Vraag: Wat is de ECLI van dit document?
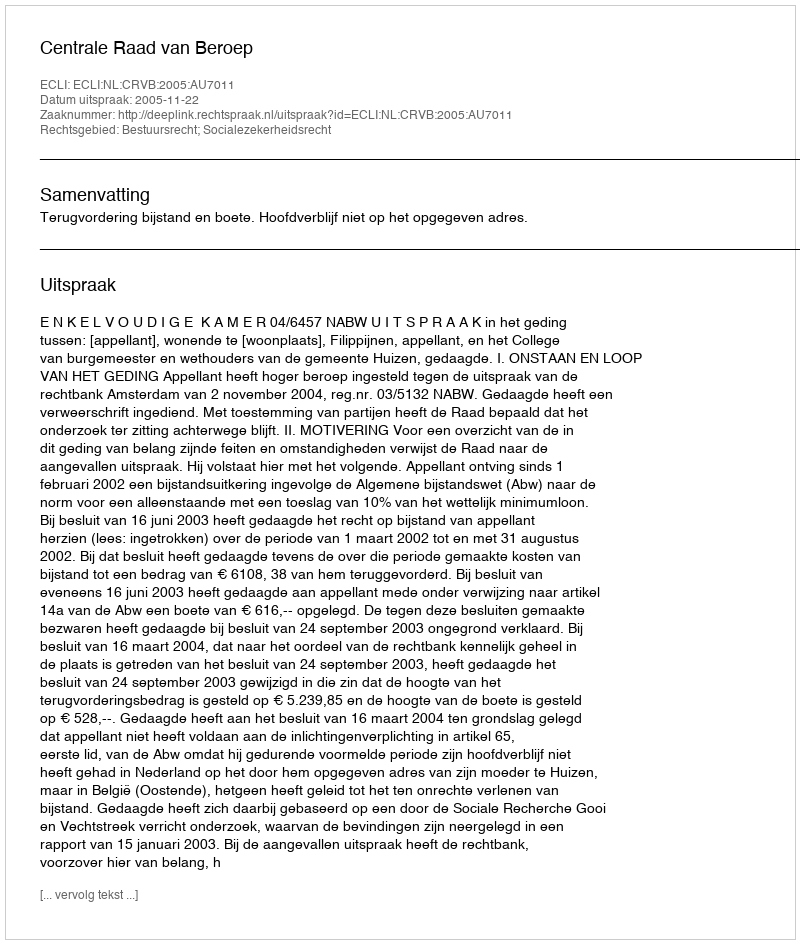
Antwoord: ECLI:NL:CRVB:2005:AU7011